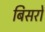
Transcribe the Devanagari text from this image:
बिसरो